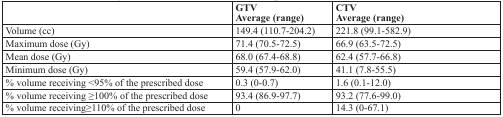
<table><thead><tr><td></td><td><b>GTV Average (range)</b></td><td><b>CTV Average (range)</b></td></tr></thead><tbody><tr><td>Volume (cc)</td><td>149.4 (110.7-204.2)</td><td>221.8 (99.1-582.9)</td></tr><tr><td>Maximum dose (Gy)</td><td>71.4 (70.5-72.5)</td><td>66.9 (63.5-72.5)</td></tr><tr><td>Mean dose (Gy)</td><td>68.0 (67.4-68.8)</td><td>62.4 (57.7-66.8)</td></tr><tr><td>Minimum dose (Gy)</td><td>59.4 (57.9-62.0)</td><td>41.1 (7.8-55.5)</td></tr><tr><td>% volume receiving &lt;95% of the prescribed dose</td><td>0.3 (0-0.7)</td><td>1.6 (0.1-12.0)</td></tr><tr><td>% volume receiving ≥100% of the prescribed dose</td><td>93.4 (86.9-97.7)</td><td>93.2 (77.6-99.0)</td></tr><tr><td>% volume receiving≥110% of the prescribed dose</td><td>0</td><td>14.3 (0-67.1)</td></tr></tbody></table>